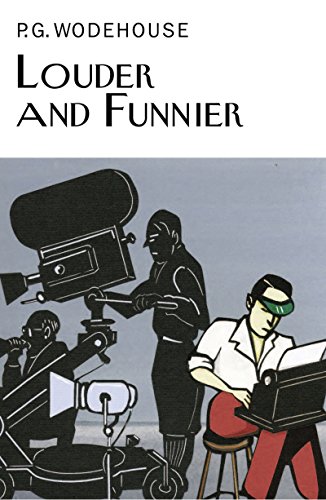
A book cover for Louder and Funnier (Collector's Wodehouse); P. G. Wodehouse; Literature & Fiction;